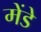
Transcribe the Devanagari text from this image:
मेंडे